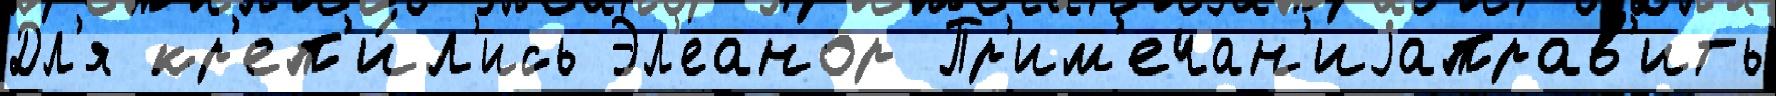
Дл'я кр'еп'и́л'ись Эл'еанор Пр'им'ечан'иjаправ'ить